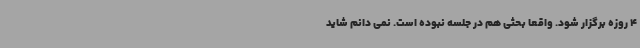
4 روزه برگزار شود. واقعا بحثی هم در جلسه نبوده است. نمی دانم شاید